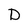
Character: D